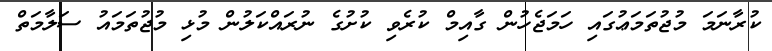
ކުރާނަމަ މުޖުތަމަޢުގައި ހަމަޖެހުން ގާއިމް ކުރެވި ކުށުގެ ނުރައްކަލުން މުޅި މުޖުތަމައު ސަލާމަތް